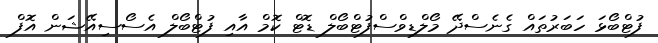
ފުޓްބޯޅަ ހަބަރުތައް ގެނެސްދޭ މޯލްޑިވްސްފުޓްބޯލް ޑޮޓް ކޮމް އާއި ފުޓްބޯލް އެސޯސިއޭޝަން އޮފް